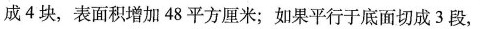
成4块，表面积增加48平方厘米；如果平行于底面切成3段，